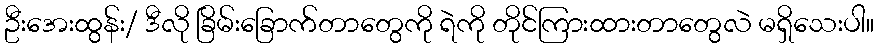
ဦးအေးထွန်း/ ဒီလို ခြိမ်းခြောက်တာတွေကို ရဲကို တိုင်ကြားထားတာတွေလဲ မရှိသေးပါ။